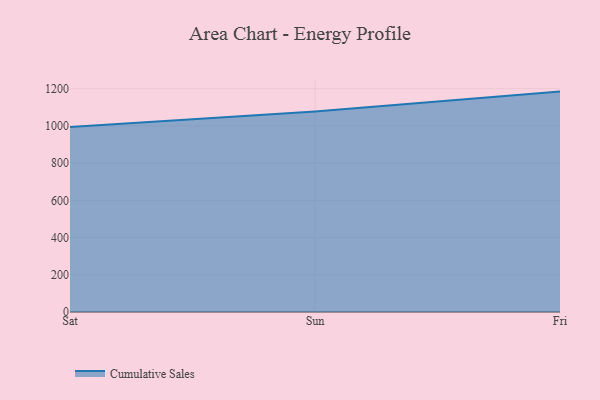
{"axis": {"x": "Day", "y": "Temperature (°C)"}, "legend": ["Cumulative Sales"], "data": [{"x": "Sat", "y": 994.8, "type": "Cumulative Sales"}, {"x": "Sun", "y": 1077.3, "type": "Cumulative Sales"}, {"x": "Fri", "y": 1184.7, "type": "Cumulative Sales"}]}